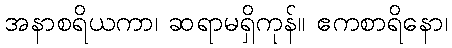
အနာစရိယကာ၊ ဆရာမရှိကုန်။ ဧကစာရိနော၊